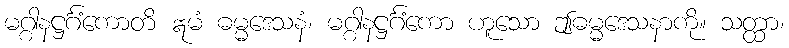
မဂ္ဂါနဋ္ဌင်္ဂံကောတိ ဣမံ ဓမ္မဒေသနံ၊ မဂ္ဂါနဋ္ဌင်္ဂံကော ဟူသော ဤဓမ္မဒေသနာကို။ သတ္ထာ၊